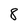
Character: 8